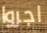
اجروا